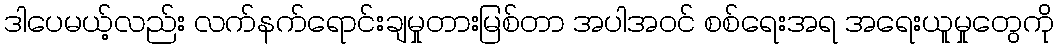
ဒါပေမယ့်လည်း လက်နက်ရောင်းချမှုတားမြစ်တာ အပါအဝင် စစ်ရေးအရ အရေးယူမှုတွေကို